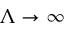
\Lambda \to \infty